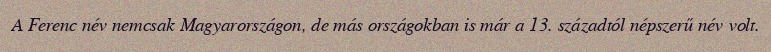
A Ferenc név nemcsak Magyarországon, de más országokban is már a 13. századtól népszerű név volt.